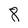
Character: 8